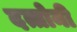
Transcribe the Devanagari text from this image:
दत्तोनी